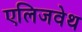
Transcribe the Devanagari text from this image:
एलिजवेथ